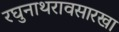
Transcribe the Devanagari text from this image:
रघुनाथरावसारखा